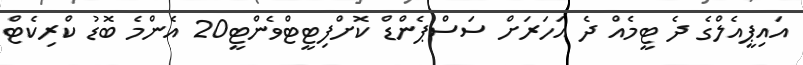
އައިޕީއެލްގެ ދެ ޓީމެއް ދެ އަހަރަށް ސަސްޕެންޑް ކޮށްފިޓީޓްވެންޓީ20 އެންމެ ބޮޑު ކްރިކެޓް